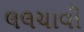
લલચાવી